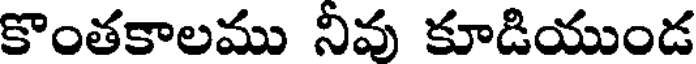
కొంతకాలము నీవు కూడియుండ